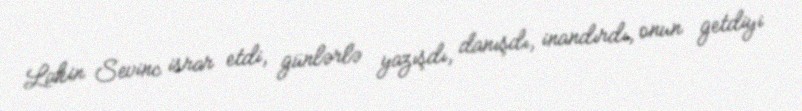
Lakin Sevinc israr etdi, günlərlə yazışdı, danışdı, inandırdı, onun getdiyi